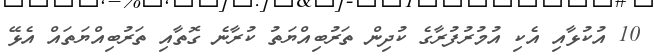
10 އުކުޅާއި އެކި އުމުރުފުރާގެ ކުދިން ތަރުބިއްޔަތު ކުރާނެ ގޮތާއި ތަރުބިއްޔަތައް އެޅޭ